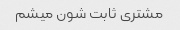
مشتری ثابت شون میشم